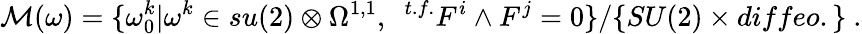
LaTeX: {\cal M}(\omega)=\{ \omega_{0}^{k}\vert\omega^{k}\in su(2)\otimes\Omega^{1,1},~~{}^{t.f.}F^{i}\wedge F^{j}=0\} /\{ SU(2)\times diffeo.\} \ .